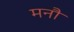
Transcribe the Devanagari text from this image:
मनौ